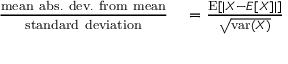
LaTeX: \begin{array} { r l } { { \frac { \mathrm { m e a n ~ a b s . ~ d e v . ~ f r o m ~ m e a n } } { \mathrm { s t a n d a r d ~ d e v i a t i o n } } } } & { { } = { \frac { \operatorname { E } [ | X - E [ X ] | ] } { \sqrt { \operatorname { v a r } ( X ) } } } } \end{array}